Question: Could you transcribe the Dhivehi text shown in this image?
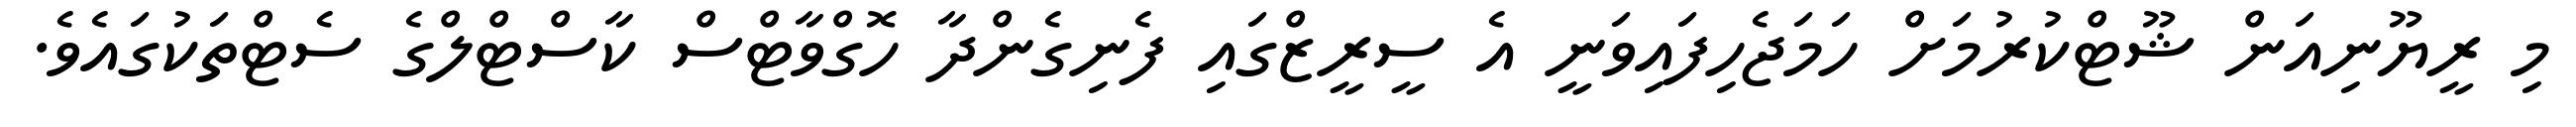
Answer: މި ރީޔޫނިއަން ޝޫޓްކުރުމަށް ހަމަޖެހިފައިވަނީ އެ ސީރީޒްގައި ފެނިގެންދާ ހޮގްވާޓްސް ކާސްޓްލްގެ ސެޓްތަކުގައެވެ.